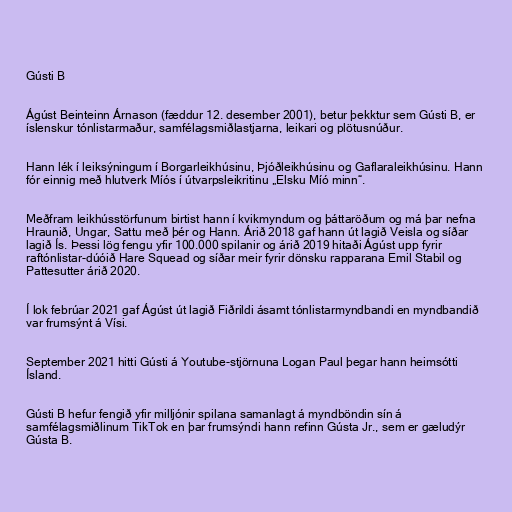
Gústi B

Ágúst Beinteinn Árnason (fæddur 12. desember 2001), betur þekktur sem Gústi B, er
íslenskur tónlistarmaður, samfélagsmiðlastjarna, leikari og plötusnúður.

Hann lék í leiksýningum í Borgarleikhúsinu, Þjóðleikhúsinu og Gaflaraleikhúsinu. Hann
fór einnig með hlutverk Míós í útvarpsleikritinu „Elsku Míó minn“.

Meðfram leikhússtörfunum birtist hann í kvikmyndum og þáttaröðum og má þar nefna
Hraunið, Ungar, Sattu með þér og Hann. Árið 2018 gaf hann út lagið Veisla og síðar
lagið Ís. Þessi lög fengu yfir 100.000 spilanir og árið 2019 hitaði Ágúst upp fyrir
raftónlistar-dúóið Hare Squead og síðar meir fyrir dönsku rapparana Emil Stabil og
Pattesutter árið 2020.

Í lok febrúar 2021 gaf Ágúst út lagið Fiðrildi ásamt tónlistarmyndbandi en myndbandið
var frumsýnt á Vísi.

September 2021 hitti Gústi á Youtube-stjörnuna Logan Paul þegar hann heimsótti
Ísland.

Gústi B hefur fengið yfir milljónir spilana samanlagt á myndböndin sín á
samfélagsmiðlinum TikTok en þar frumsýndi hann refinn Gústa Jr., sem er gæludýr
Gústa B.